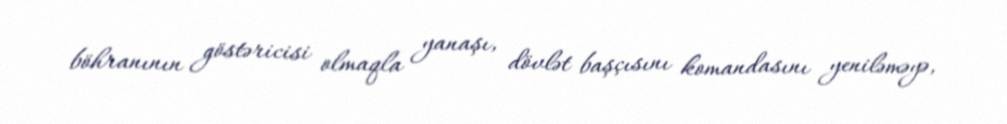
böhranının göstəricisi olmaqla yanaşı, dövlət başçısını komandasını yeniləməyə,